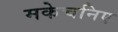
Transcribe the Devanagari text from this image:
मकेचनिए